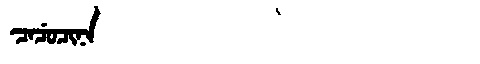
Manchu: ᠴᠠᠴᡠᠴᡳᠨᠠ
Romanization: CACUCINA